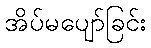
အိပ်မပျော်ခြင်း